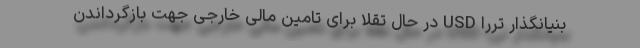
بنیانگذار تررا USD در حال تقلا برای تامین مالی خارجی جهت بازگرداندن